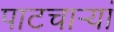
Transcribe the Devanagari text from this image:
पाटचार्‍यां